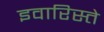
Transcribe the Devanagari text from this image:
इवारिस्ते